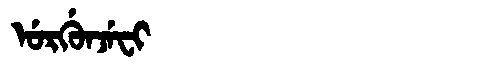
Manchu: ᡠᡵᡤᡠᠨᠵᡝᠸᡳ
Romanization: URGUNJEFI